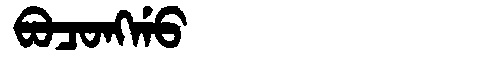
Manchu: ᠪᠣᠴᠣᠩᡤᠣ
Romanization: BOCONGGO